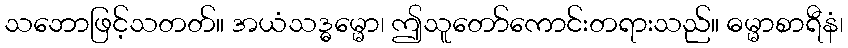
သဘောဖြင့်သတတ်။ အယံသဒ္ဓမ္မော၊ ဤသူတော်ကောင်းတရားသည်။ ဓမ္မာစာရီနံ၊